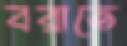
বরাতে